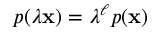
p ( \lambda \mathbf { x } ) = \lambda ^ { \ell } p ( \mathbf { x } )